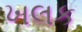
ખલક